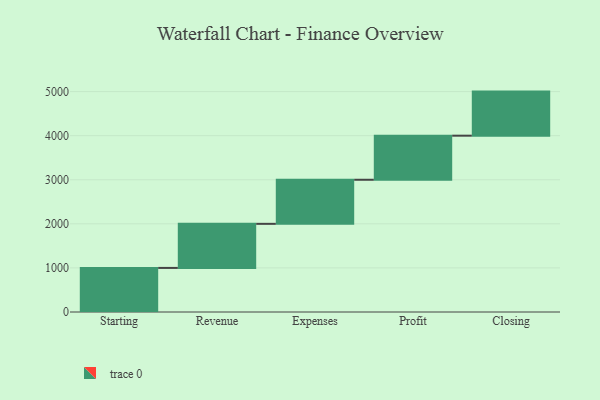
{"axis": {"x": "Step", "y": "Value"}, "legend": [""], "data": [{"x": "Starting", "y": 1000, "type": ""}, {"x": "Revenue", "y": 1000, "type": ""}, {"x": "Expenses", "y": 1000, "type": ""}, {"x": "Profit", "y": 1000, "type": ""}, {"x": "Closing", "y": 1000, "type": ""}]}